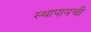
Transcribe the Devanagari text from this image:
स्थापायची